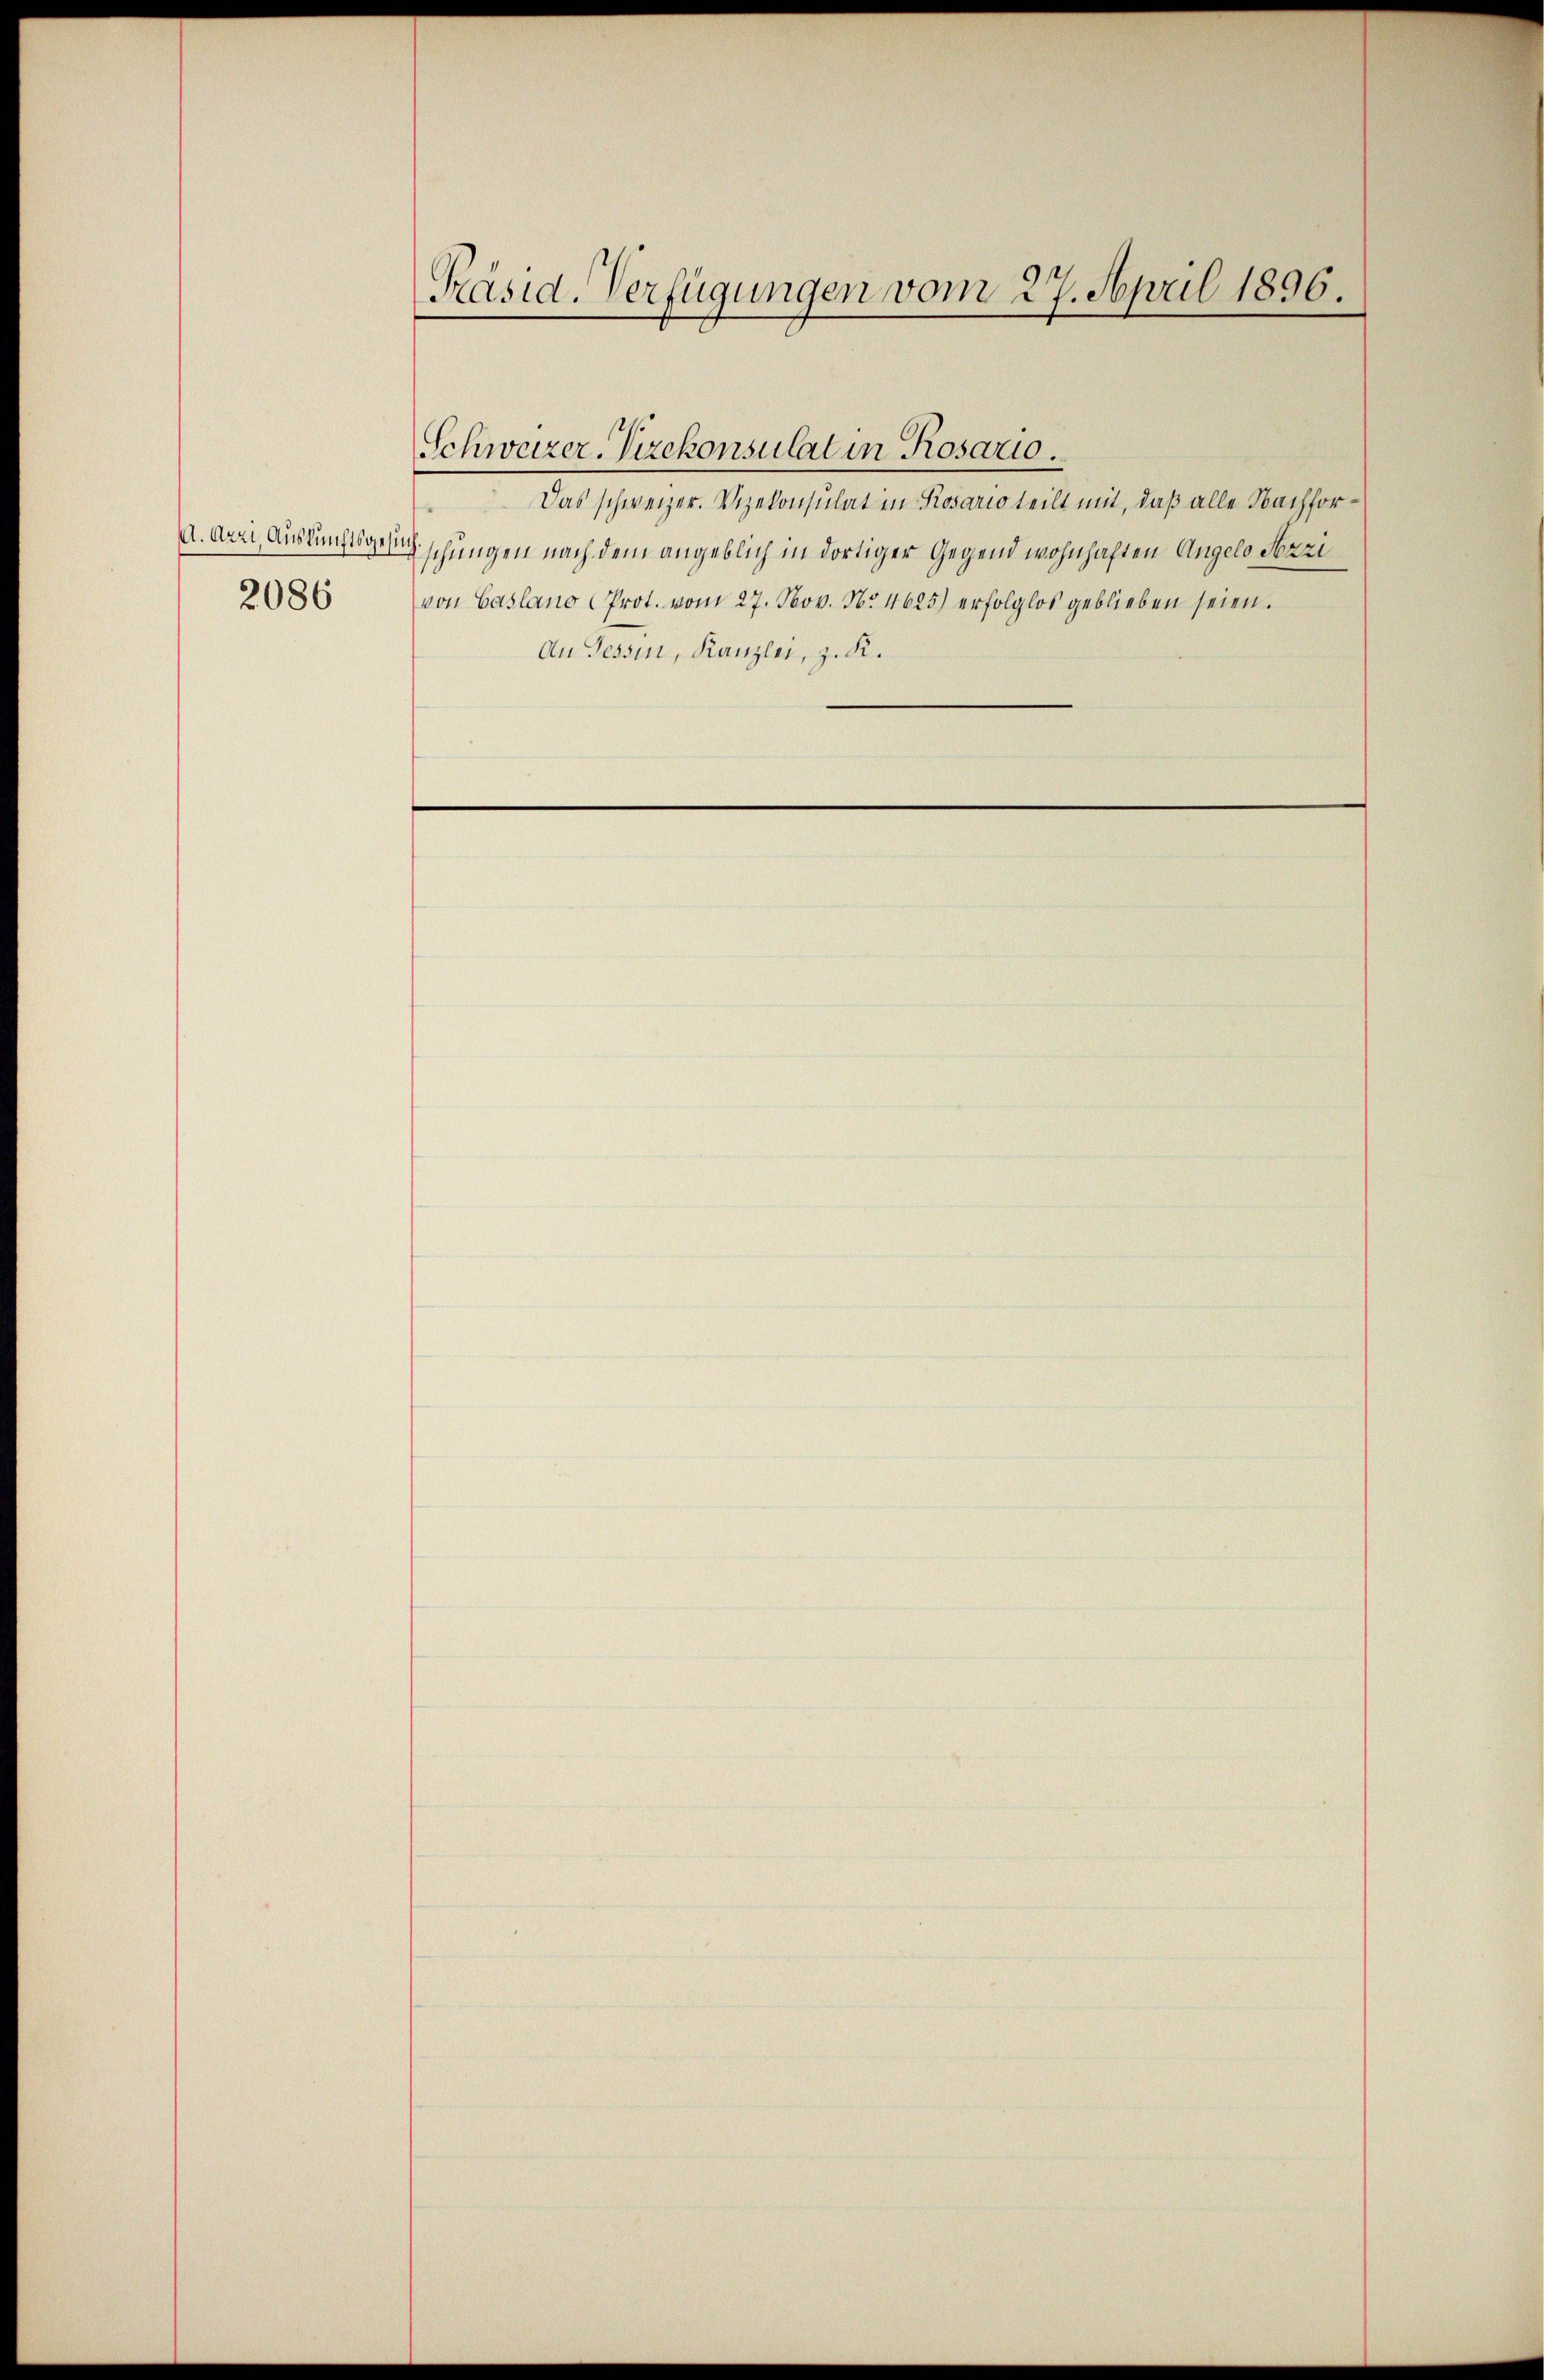
A.Arzi, Auskunftsgesuch
2086

Präsid-Verfügungen vom 27. April 1896.

Das schweizer. Vizekonsulat in Rosario teilt mit, daß alle Nachfor¬
Tschungen nach dem angeblich in dortiger Gegend wohnhaften Angelo Nozzi
von Caslano Prot. vom 27. Nov. N. 4625) erfolglos geblieben seien.
An Tessin, Kanzlei, z. K.

Schweizer. Vizekonsulat in Rosario.